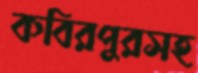
কবিরপুরসহ